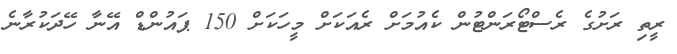
ރީތި ރަށުގެ ރެސްޓޯރަންޓުން ކެއުމަށް ރެއަކަށް މީހަކަށް 150 ޕައުންޑް އޭނާ ހޭދަކުރާނެ